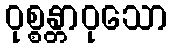
ဝုစ္စန္တာဝုသော